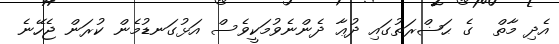
އެދި މާތް  ގެ ޙަޟްރަތުގައި ދުޢާ ދެންނެވުމަކީވެސް އަޅުގަނޑުމެން ކުރަން ޖެހޭނެ